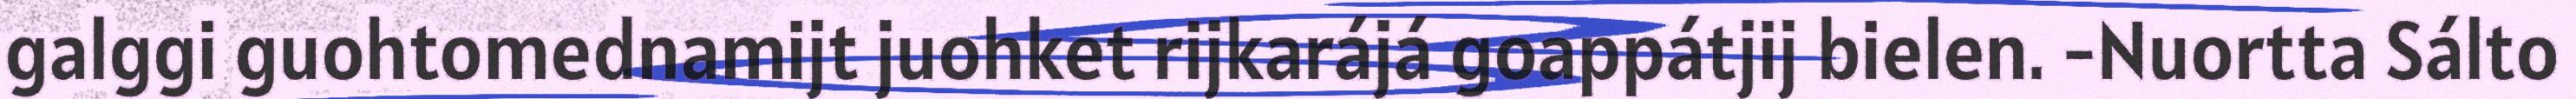
galggi guohtomednamijt juohket rijkarájá goappátjij bielen. -Nuortta Sálto